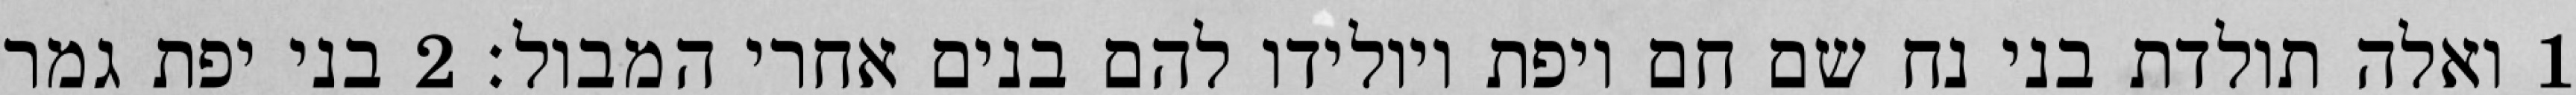
1 ואלה תולדת בני נח שם חם ויפת ויולידו להם בנים אחרי המבול׃ ‎2‏ בני יפת גמר